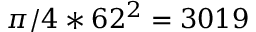
\pi / 4 * 6 2 ^ { 2 } = 3 0 1 9